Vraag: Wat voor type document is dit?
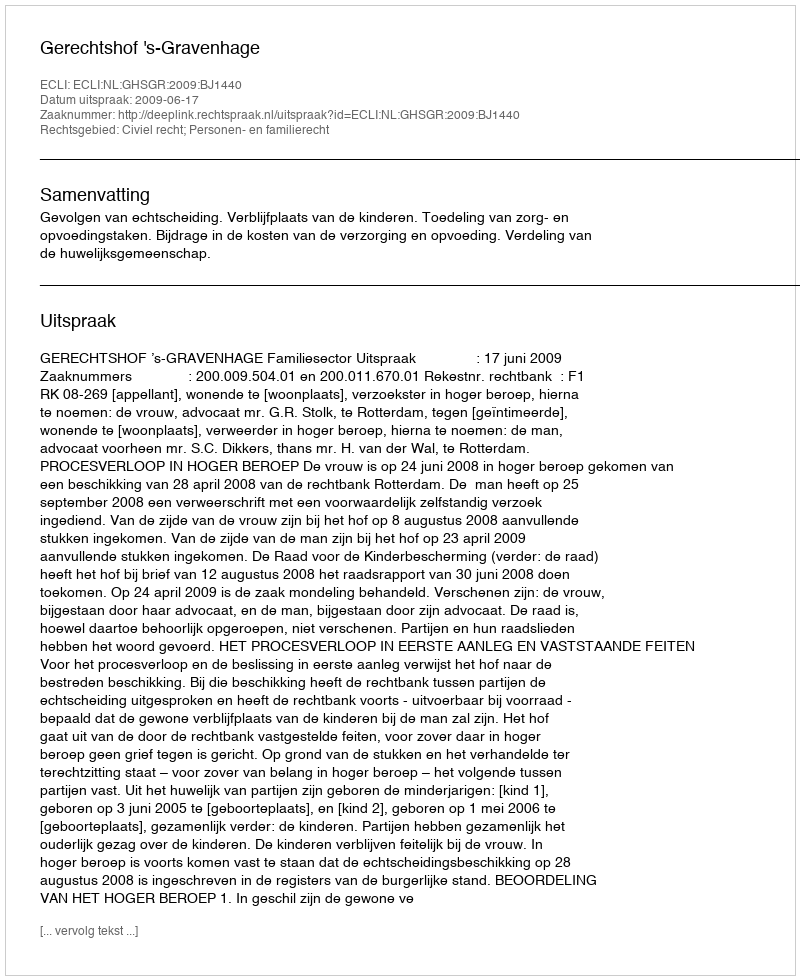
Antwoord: Uitspraak